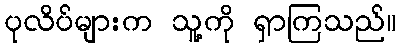
ပုလိပ်များက သူ့ကို ရှာကြသည်။